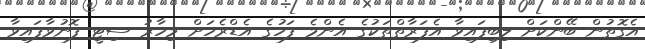
އެގޮތުން ބޭންކަށް ލިބިފައިވާ އެފަރާތްތަކުގެ އެންމެ ފަހުގެ އެޑްރެހަށް މިހާރު ސިޓީ ފޮނުވާފައިވާ